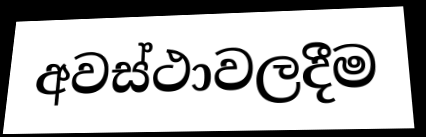
අවස්ථාවලදීම